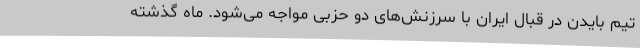
تیم بایدن در قبال ایران با سرزنش‌های دو حزبی مواجه می‌شود. ماه گذشته